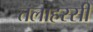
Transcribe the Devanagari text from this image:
तलाहस्सी